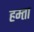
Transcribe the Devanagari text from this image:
हम्ता